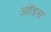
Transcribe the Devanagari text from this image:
ऑडस